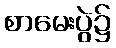
စာမေးပွဲ၌